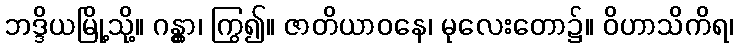
ဘဒ္ဒိယမြို့သို့။ ဂန္တွာ၊ ကြွ၍။ ဇာတိယာဝနေ၊ မုလေးတော၌။ ဝိဟာသိကိရ၊